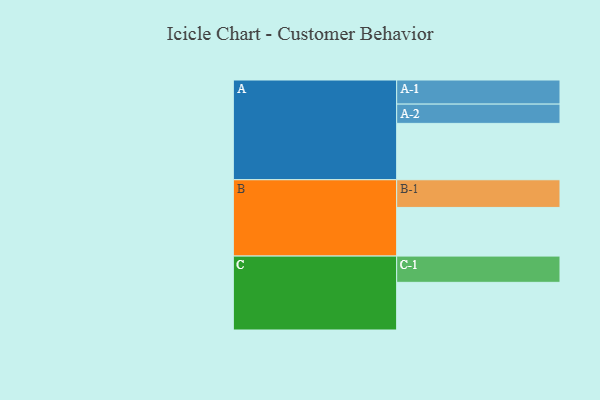
{"axis": {"x": "Segment", "y": "Value"}, "legend": ["", "A", "B", "C"], "data": [{"x": "A", "y": 395, "type": ""}, {"x": "B", "y": 341, "type": ""}, {"x": "C", "y": 334, "type": ""}, {"x": "A-1", "y": 169, "type": "A"}, {"x": "A-2", "y": 135, "type": "A"}, {"x": "B-1", "y": 194, "type": "B"}, {"x": "C-1", "y": 184, "type": "C"}]}